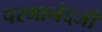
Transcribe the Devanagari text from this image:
परमानंदजी